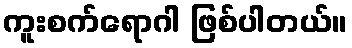
ကူးစက်ရောဂါ ဖြစ်ပါတယ်။